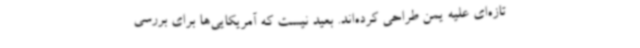
تازه‌ای علیه یمن طراحی کرده‌اند. بعید نیست که آمریکایی‌ها برای بررسی